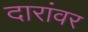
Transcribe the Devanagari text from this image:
दारांवर